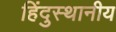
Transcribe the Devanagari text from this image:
हिंदुस्थानीय